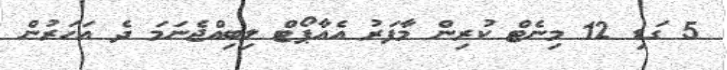
5 ގަޑި 12 މިނެޓް ކުރިން މާފަރު އެއާޕޯޓް ލިބިއްޖެނަމަ ދެ އަހަރުން